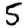
Digit: 5